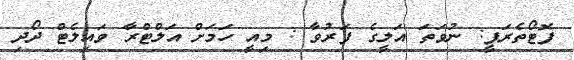
ފޮޓޯތެރަޕީ: ނުވަތަ އަލީގެ ފަރުވާ : މިއީ ހަމަށް އަލްޓްރާ ވައިލެޓް ދޯދި